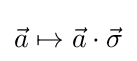
{\vec {a}}\mapsto {\vec {a}}\cdot {\vec {\sigma }}